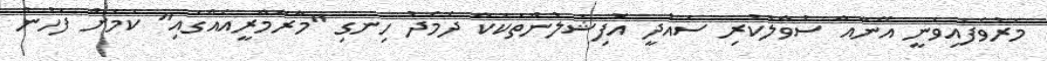
މަރުވެފައިވަނީ އޭނާއާ ސުވާލުކުރި ސައުދީ އޮފިޝަލުންތަކަކާ ދެމެދު ހިނގި "މާރާމާރީއެއްގައި" ކަމަށް ފަހުން